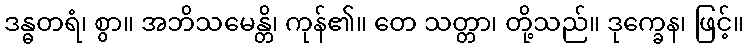
ဒန္ဓတရံ၊ စွာ။ အဘိသမေန္တိ၊ ကုန်၏။ တေ သတ္တာ၊ တို့သည်။ ဒုက္ခေန၊ ဖြင့်။